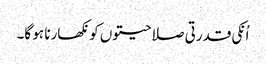
اُنکی قدرتی صلاحیتوں کو نکھارنا ہو گا۔